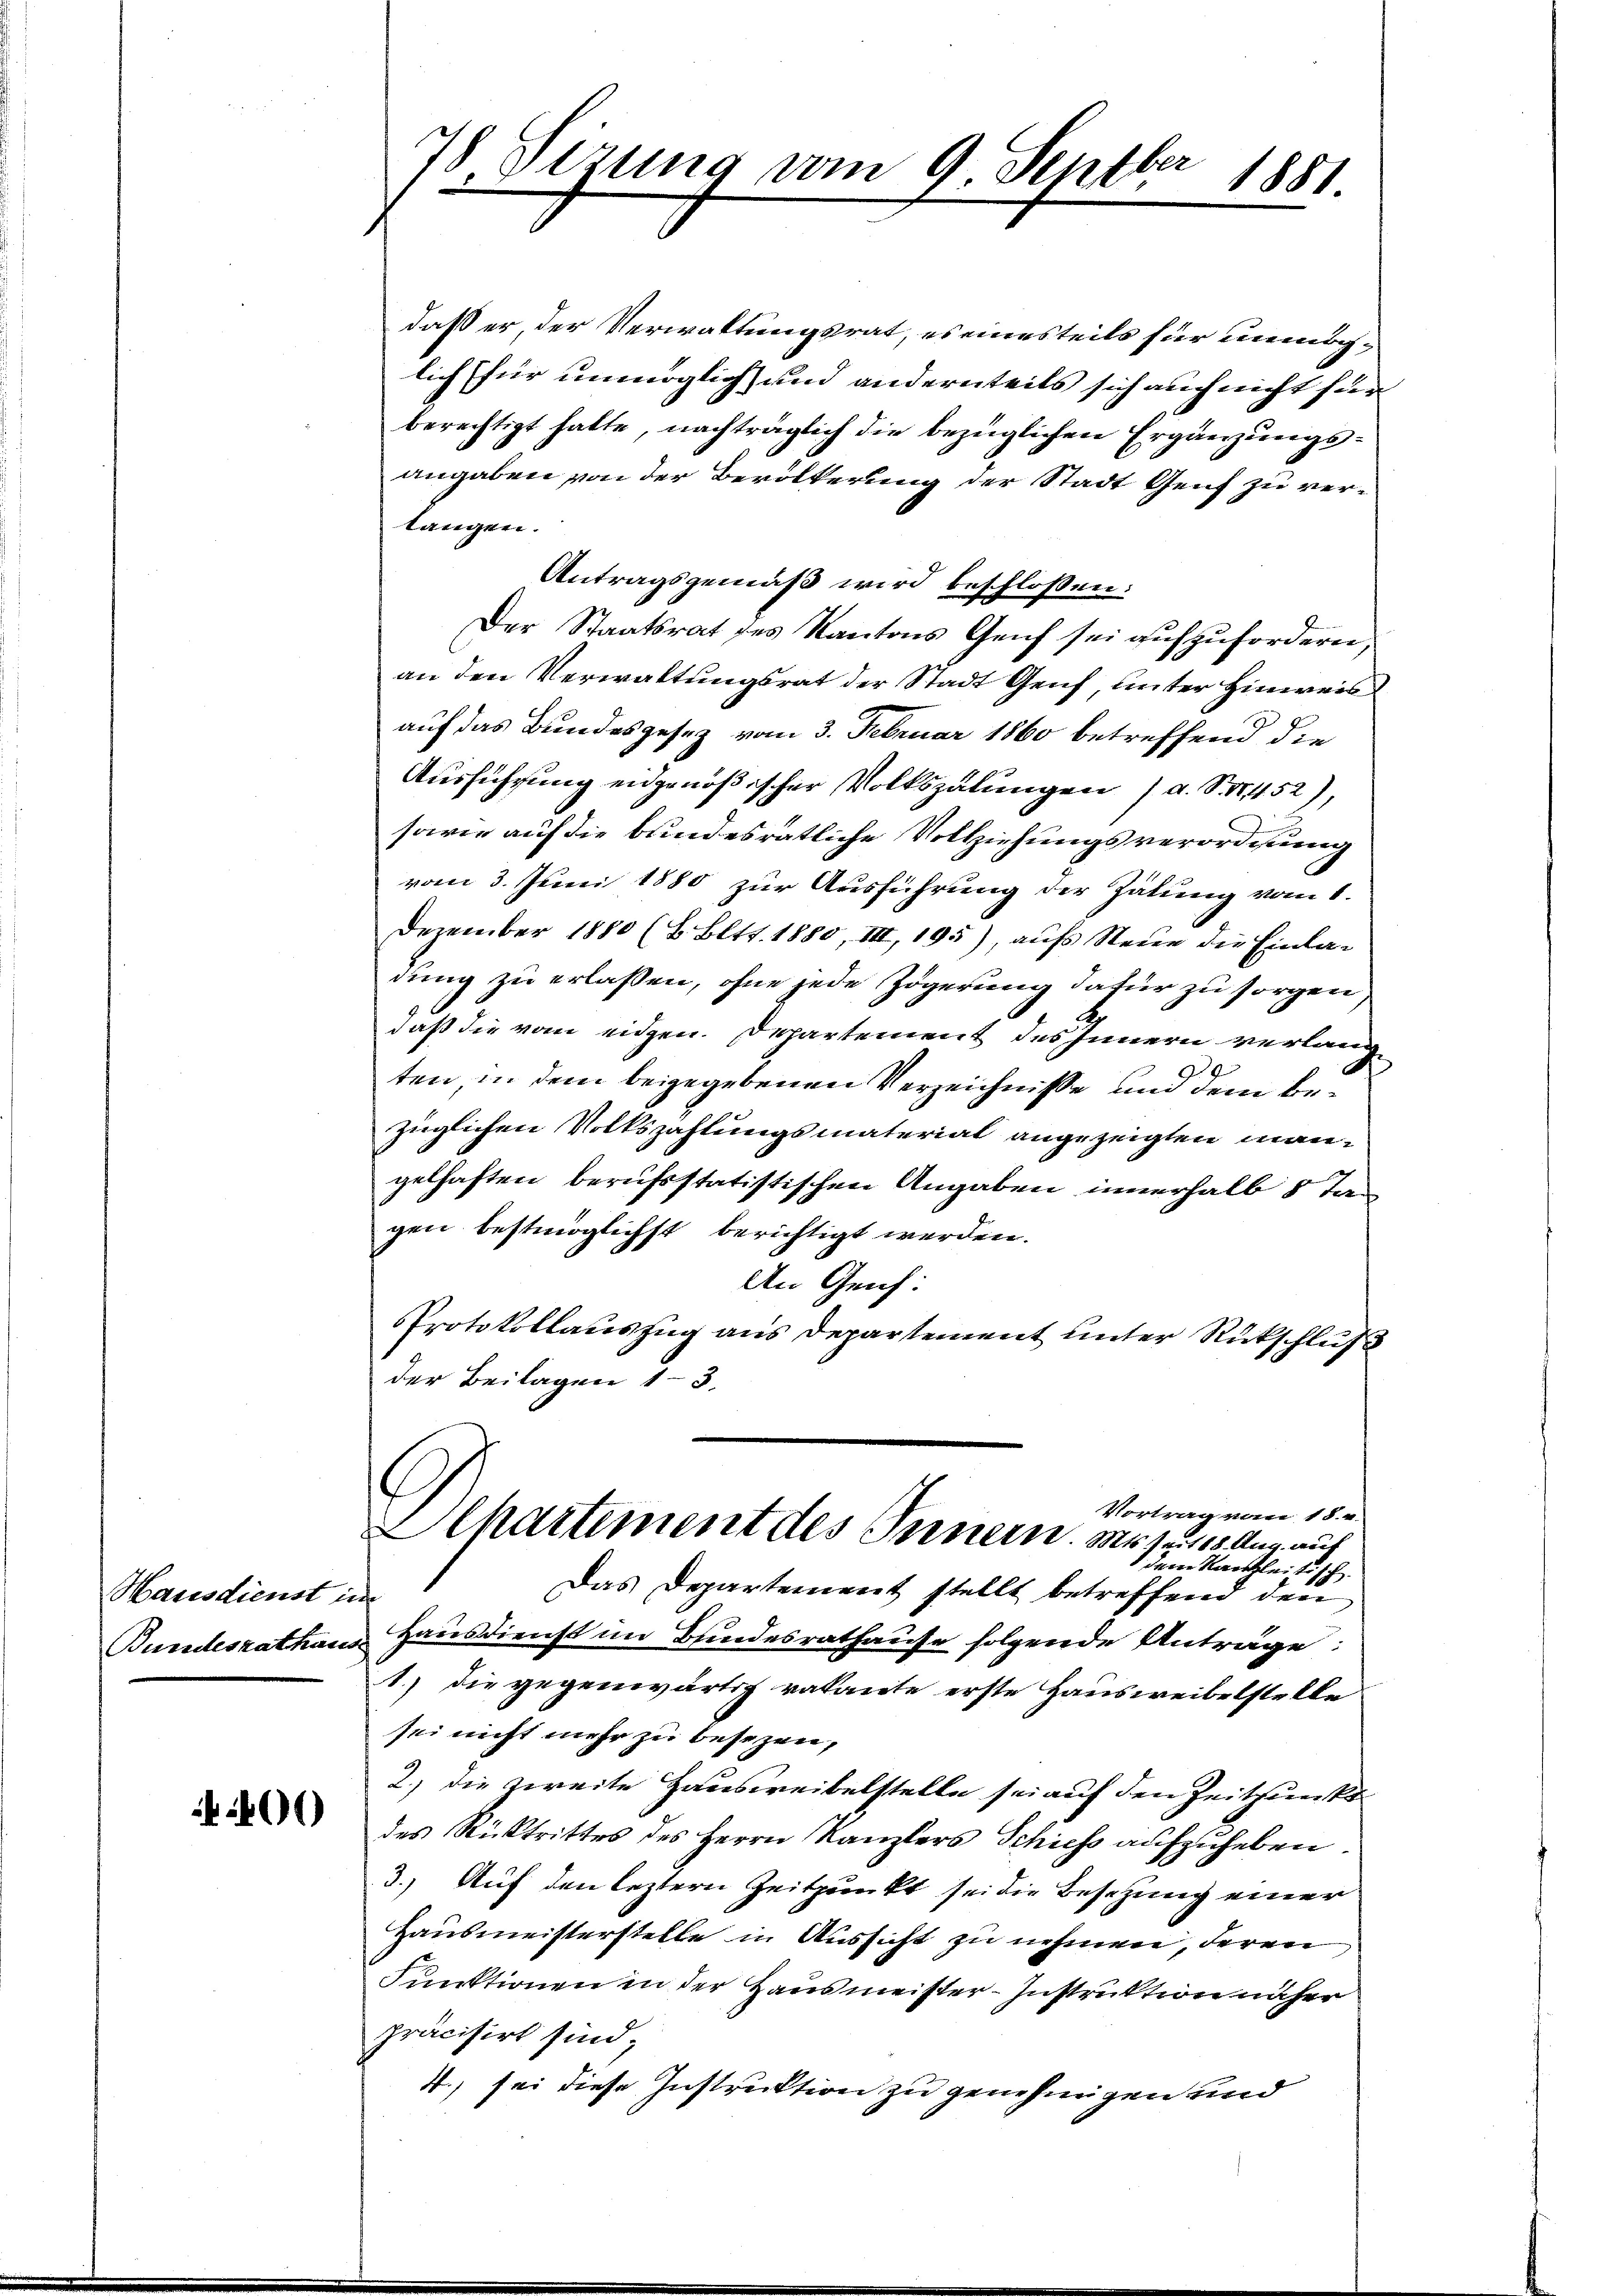
Hausdienst im
Bundesrathaus

406)

e
48 Sizung vom 9. Sept.
e
1881.

daß er der Verwaltungsrat, es einesteils für unmöglich für unmöglich und andernteils sich auch nicht für
berechtigt hatte, nachträglich die bezüglichen Ergänzungsangaben von der Bevölkerung der Stadt Genf zu verlangen.
Antragsgemäß wird beschlossen:
Der Staatsrat des Kantons Genf sei aufzufordern,
an den Verwaltungsrat der Stadt Genf unter Hinweis
auf das Bundesgesetz vom 3. Februar 1860 betreffend die
Ausführung eidgenößischer Volkszalungen / a. S. 452),
sowie auf die bundesratliche Vollziehungsverordnung
vom 3. Juni 1880 zur Ausführung der Zähung vom 1.
Dezember 1880 (8. Bett. 1880, III, 195), aufs Neue die Einladung zu erlassen, ohne jede Zögerung dafür zu sorgen,
daß die vom eigen. Departement des Innern verlangten in dem beigegebenen Verzeichnisse und dem Bezüglichen Volkszahlungsmaterial angezeigten mangelhaften berufsstatistischen Angaben innerhalb 8 Ja
gen bestmöglichst berichtigt werden.
An Genf:
Protokollauszug aus Departement unter Rückschluß
der Beilagen 13.

Vortrag vom 18. a.
Alkartement des Innern. Miter 18 Aug auf
 dem Kanzleitisch.

Das Departement stellt betreffend den
Hausdienst im Bundesrathause folgende Anträge:
1.) Die gegenwärtig ratante erste Hausweibelstelle
sei nicht mehr zu besezen,
2.) die zweite Hausweibelstelle sei auf den Zeitpunkt
des Rücktrittes des Herrn Kanzlers Schiess aufzuheben
3.) Auf den leztern Zeitpunkt sei die Besetzung einer
Hausmeisterstelle in Aussicht zu nehmen, deren
Funktionen in der Hausmeister-Instruktion näher
präcisirt sind;
4.) sei diese Instruktion zu genehmigen und